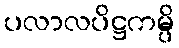
ပလာလပိဋ္ဌကမ္ပိ